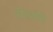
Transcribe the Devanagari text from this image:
चीजांचे